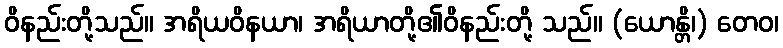
ဝိနည်းတို့သည်။ အရိယဝိနယာ၊ အရိယာတို့၏ဝိနည်းတို့ သည်။ (ယောန္တိ၊) တေဝ၊